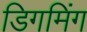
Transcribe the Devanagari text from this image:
डिगमिंग